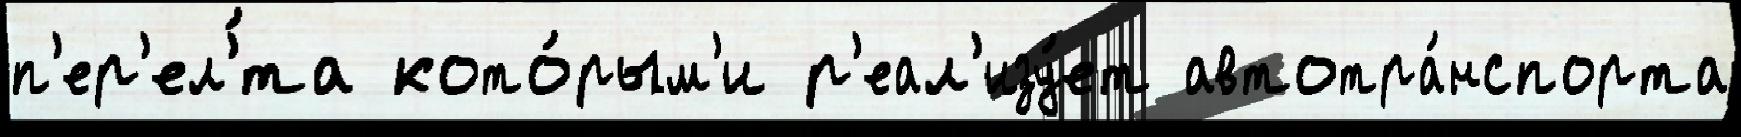
п'ер'ел'́та кото́рым'и р'еал'изу́ет автотра́нспорта